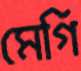
মেগি